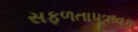
સફળતાપૂઋવક